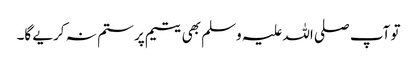
تو آپ صلی اللہ علیہ وسلم بھی یتیم پر ستم نہ کریے گا۔